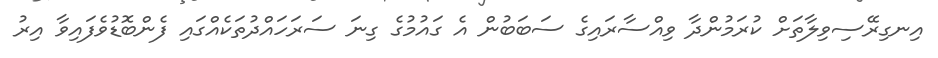
އިނގިރޭސިވިލާތަށް ކުރަމުންދާ ވިއްސާރައިގެ ސަބަބުން އެ ގައުމުގެ ގިނަ ސަރަހައްދުތަކެއްގައި ފެންބޮޑުވެފައިވާ އިރު